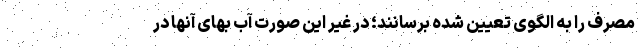
مصرف را به الگوی تعیین شده برسانند؛ در غیر این صورت آب بهای آنها در